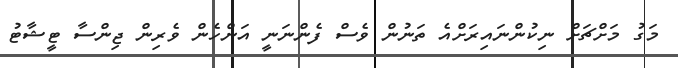
މަގު މަށްޗަށް ނިކުންނަައިރަށްއެ ތަނުން ވެސް ފެންނަނީ އަންހެން ވެރިން ޖިންސާ ޓީޝާޓު